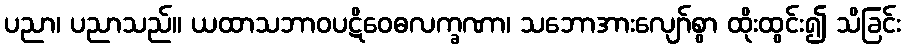
ပညာ၊ ပညာသည်။ ယထာသဘာဝပဋိဝေဓလက္ခဏာ၊ သဘောအားလျော်စွာ ထိုးထွင်း၍ သိခြင်း